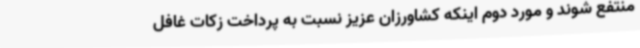
منتفع شوند و مورد دوم اینکه کشاورزان عزیز نسبت به پرداخت زکات غافل